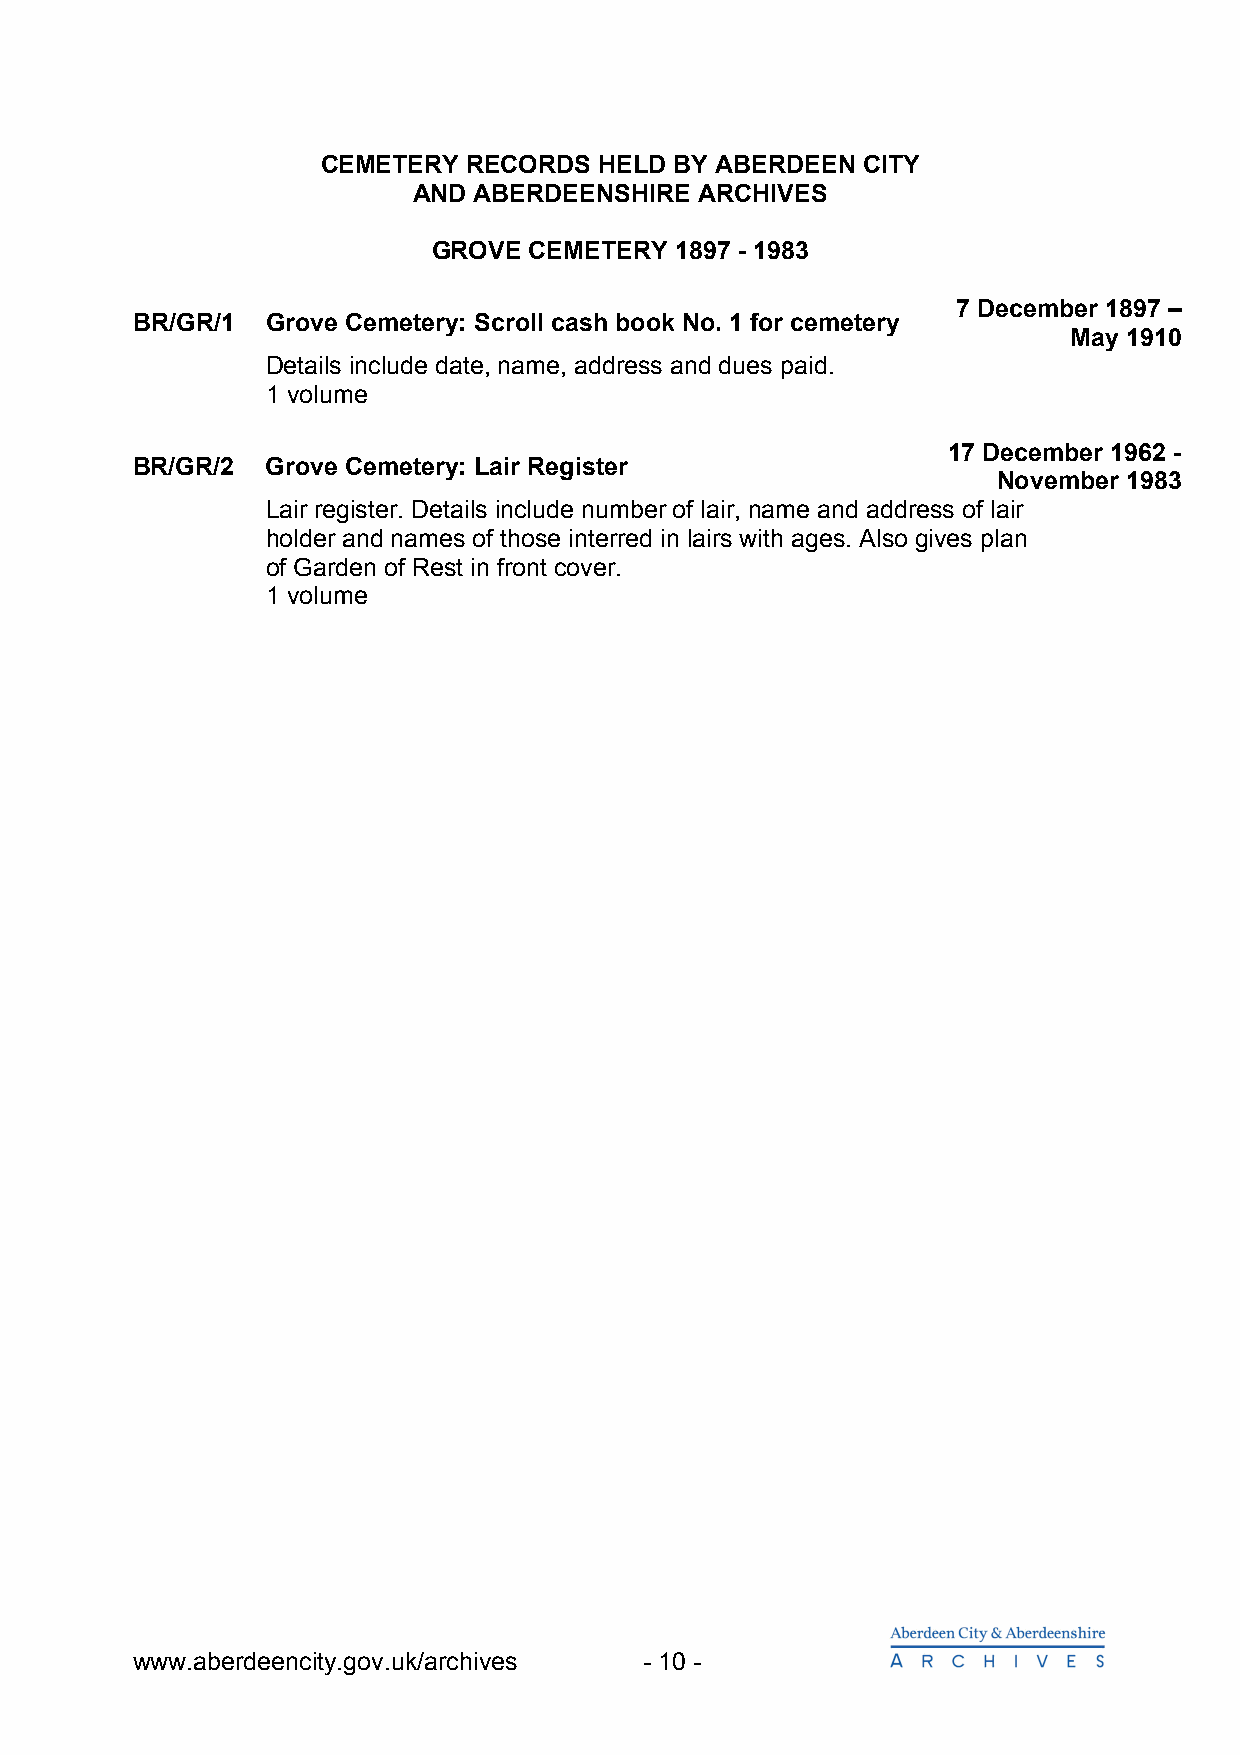
CEMETERY  RECORDS  HELD BY ABERDEEN CITY
 AND ABERDEENSHIRE  ARCHIVES
 GROVE CEMETERY  1897 - 1983
 7 December 1897 –
 BR/GR/1  Grove Cemetery: Scroll cash book No. 1 for cemetery
 May 1910
 Details include date, name, address and dues paid.
 1 volume
 17 December 1962 -
 BR/GR/2  Grove Cemetery: Lair Register
 November 1983
 Lair register. Details include number of lair, name and address of lair
 holder and names of those interred in lairs with ages. Also gives plan
 of Garden of Rest in front cover.
 1 volume
 www.aberdeencity.gov.uk/archives  - 10 -